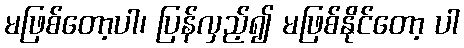
မဖြစ်တော့ပါ၊ ပြန်လှည့်၍ မဖြစ်နိုင်တော့ ပါ